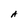
Character: A